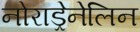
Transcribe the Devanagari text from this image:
नोराड्रेनेलिन